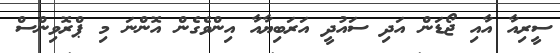
ސީރިއާ އާއި ޖޯޑަން އަދި ސައުދީ އަރަބިޔާއާ އިންވެގެން އޮންނަ މި ޕްރޮވިންސް